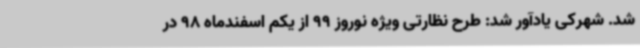
شد. شهرکی یادآور شد: طرح نظارتی ویژه نوروز 99 از یکم اسفندماه 98 در